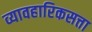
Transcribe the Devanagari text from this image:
व्यावहारिकसत्ता